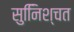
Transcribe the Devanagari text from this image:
सुनििश्चत